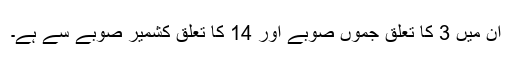
ان میں 3 کا تعلق جموں صوبے اور 14 کا تعلق کشمیر صوبے سے ہے۔